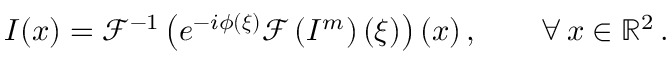
I ( \boldsymbol { x } ) = \mathcal { F } ^ { - 1 } \left( e ^ { - i \phi ( \boldsymbol { \xi } ) } \mathcal { F } \left( I ^ { m } \right) ( \boldsymbol { \xi } ) \right) ( \boldsymbol { x } ) \, , \qquad \forall \, \boldsymbol { x } \in \mathbb { R } ^ { 2 } \, .